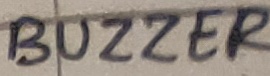
Text: BUZZER